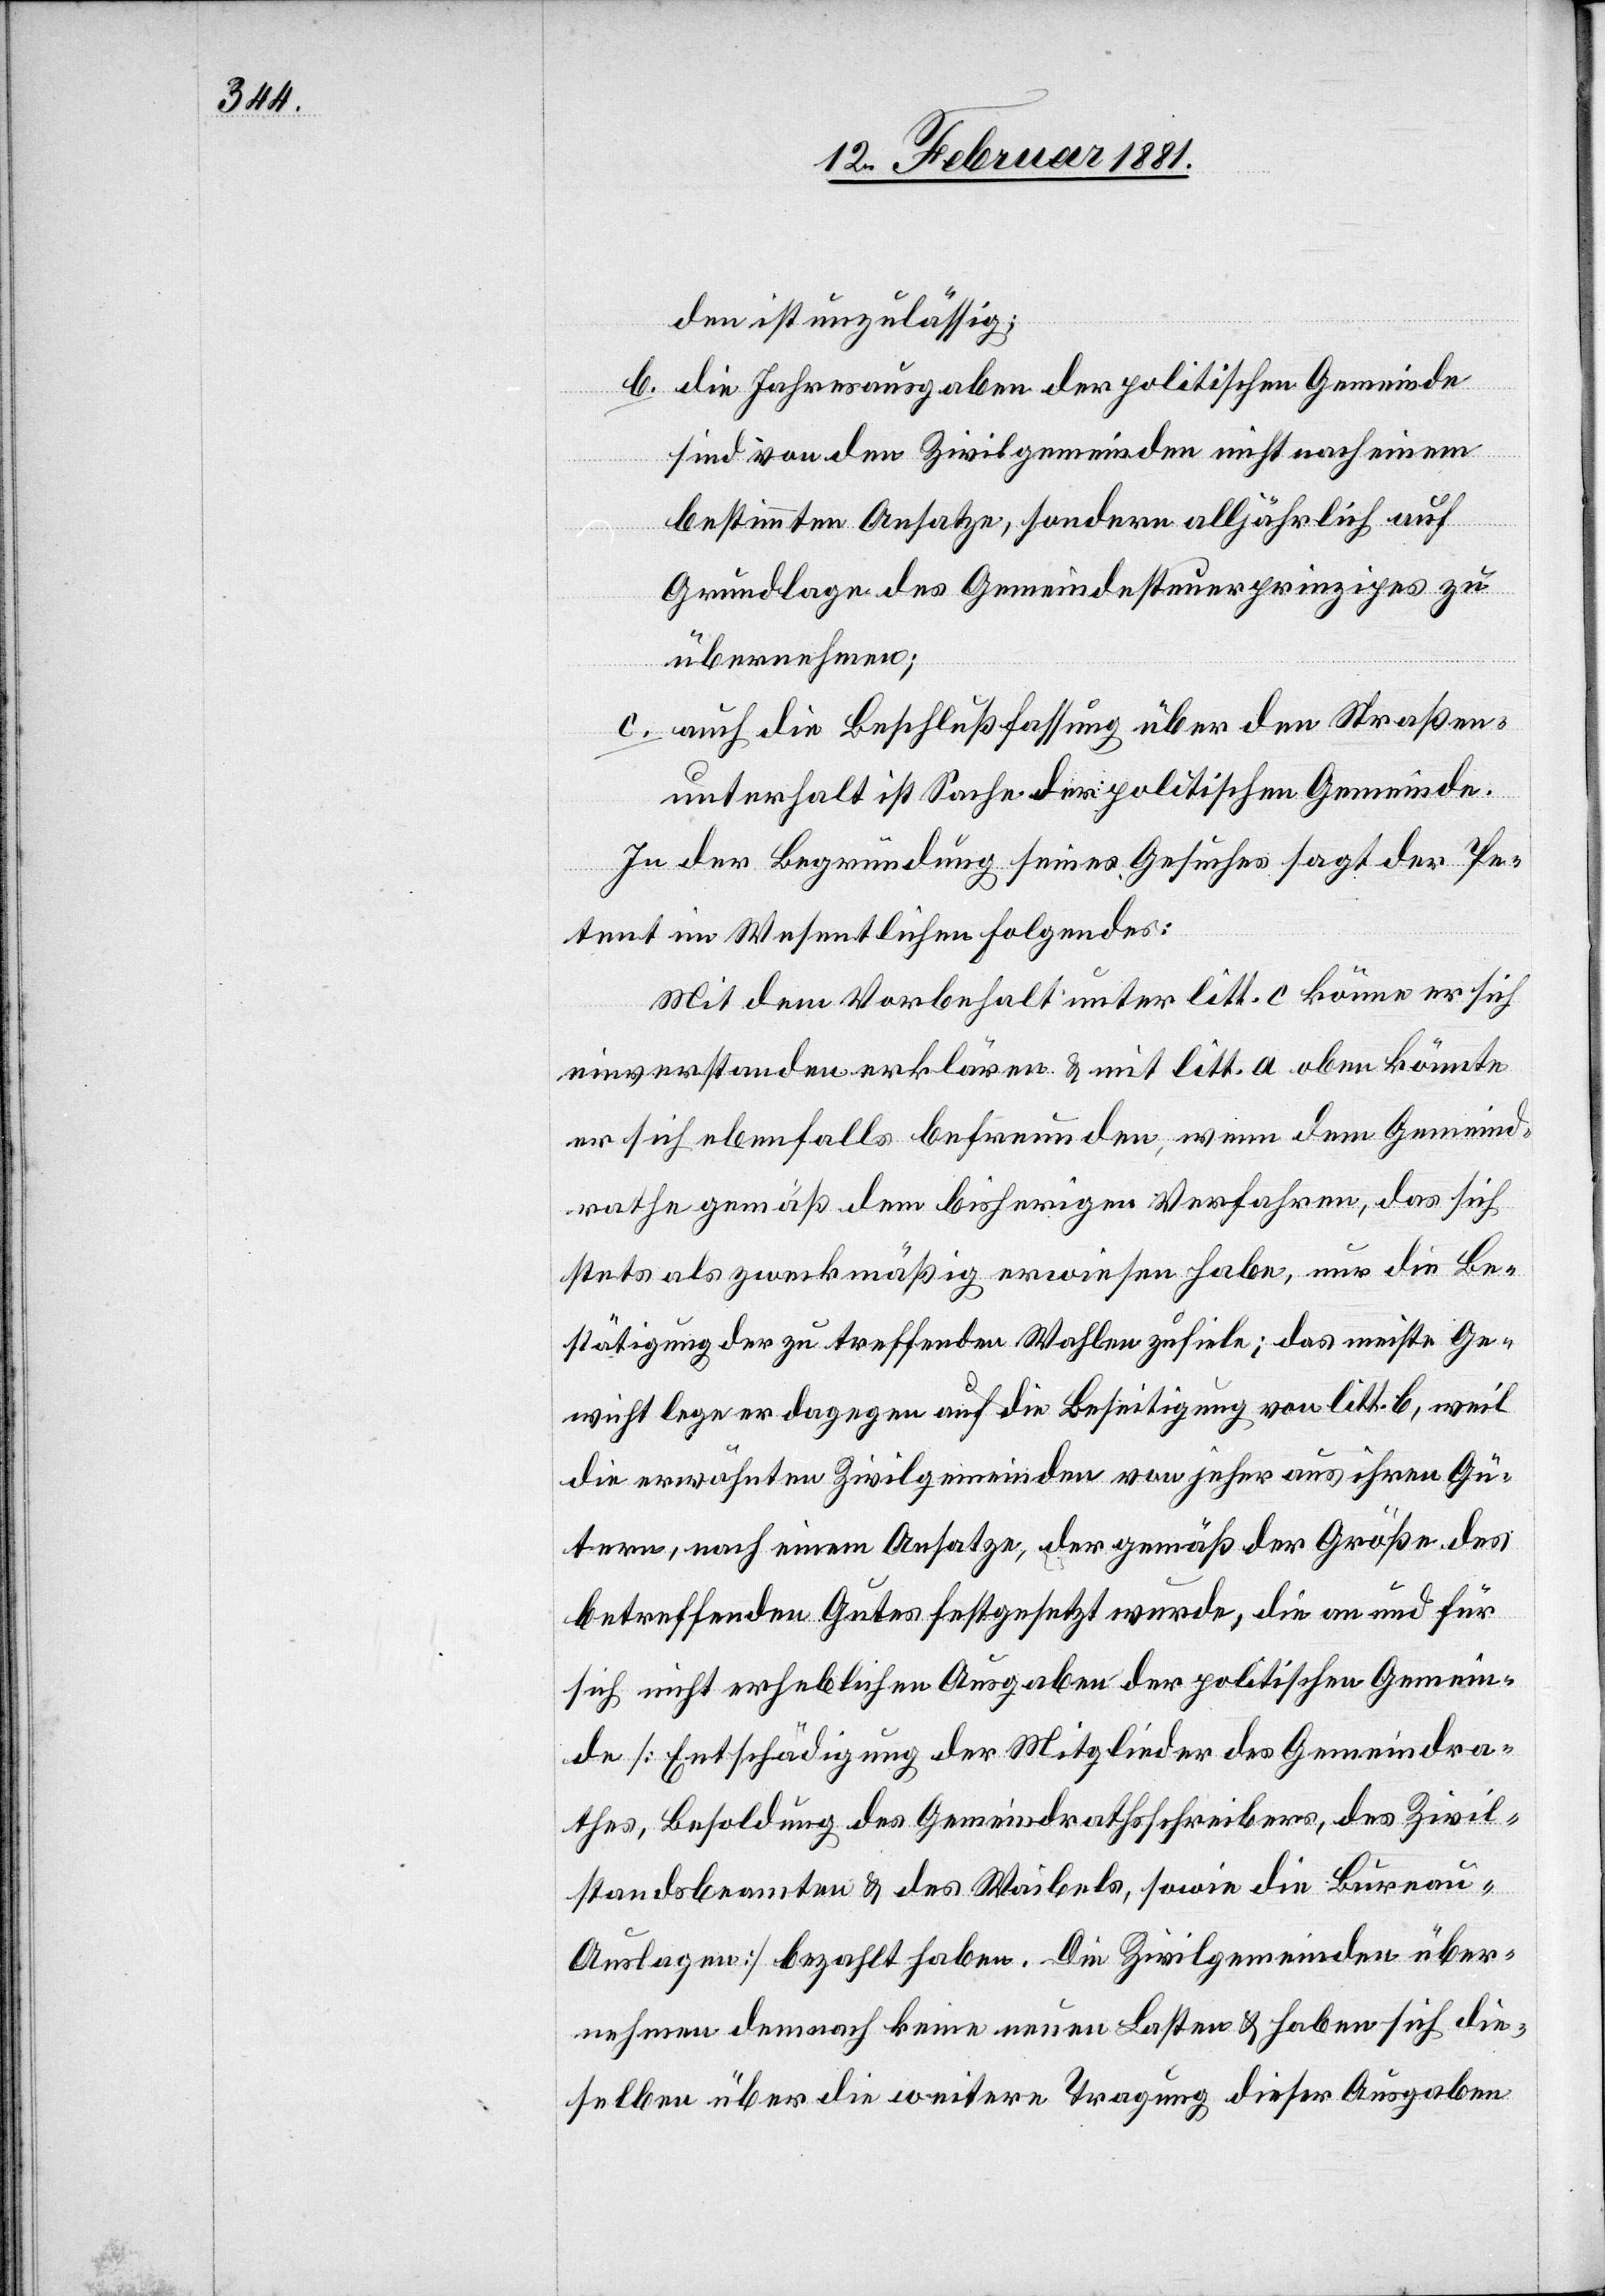
den ist unzulässig;
b. die Jahresausgaben der politischen Gemeinde
sind von den Zivilgemeinden nicht nach einem
bestimmten Ansatze, sondern alljährlich auf
Grundlage des Gemeindesteuerprinzipes zu
übernehmen;
c. auch die Beschlußfassung über den Straßen¬
unterhalt ist Sache der politischen Gemeinde.
In der Begründung seines Gesuches sagt der Pe¬
tent im Wesentlichen folgendes:
Mit dem Vorbehalt unter litt. c könne er sich
einverstanden erklären & mit litt. a oben könnte
er sich ebenfalls befreunden, wenn dem Gemeinde¬
rathe gemäß dem bisherigen Verfahren, das sich
stets als zweckmäßige erwiesen habe, nur die Be¬
stätigung der zu treffenden Wahlen zufiele; das meiste Ge¬
wicht lege er dagegen auf die Beseitigung von litt. b, weil
die erwähnten Zivilgemeinden von jeher aus ihren Gü¬
tern, nach einem Ansatze, der gemäß der Größe des
betreffenden Gutes festgesetzt wurde, die an und für
sich nicht erheblichen Ausgaben der politischen Gemein¬
de [Entschädigung der Mitglieder des Gemeindra¬
thes, Besoldung des Gemeindrathsschreibers, des Zivil¬
standsbeamten & des Waibels, sowie die Bureau¬
auslagen] bezahlt haben. Die Zivilgemeinden über¬
nehmen demnach keine neuen Lasten & haben sich die¬
selben über die weitere Tragung dieser Ausgaben